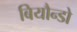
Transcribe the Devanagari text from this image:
बियौन्डो